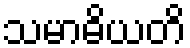
သမာဓိယတိ